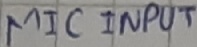
Text: MIC INPUT